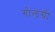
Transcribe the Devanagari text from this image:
गोलंग्री